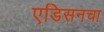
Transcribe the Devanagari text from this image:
एडिसनचा